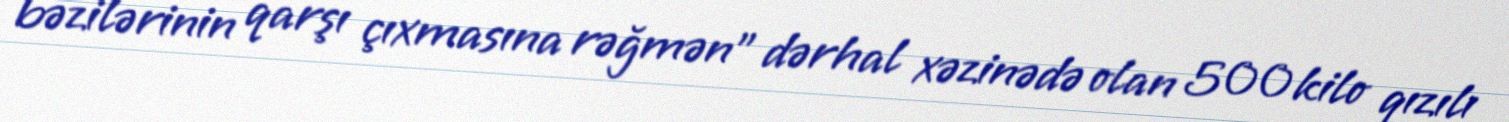
bəzilərinin qarşı çıxmasına rəğmən" dərhal xəzinədə olan 500 kilo qızılı